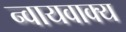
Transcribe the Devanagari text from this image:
न्वायवाक्य